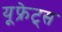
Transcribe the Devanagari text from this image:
यूफ्रेट्स